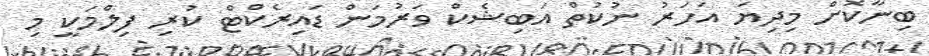
ބިނާކޮށް މިދިޔަ އަހަރު ނުކުތް އަބިޝެކް ވަރުމަން ޑައިރެކްޓް ކުރި ފިލްމަކީ މި